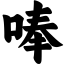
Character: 唪